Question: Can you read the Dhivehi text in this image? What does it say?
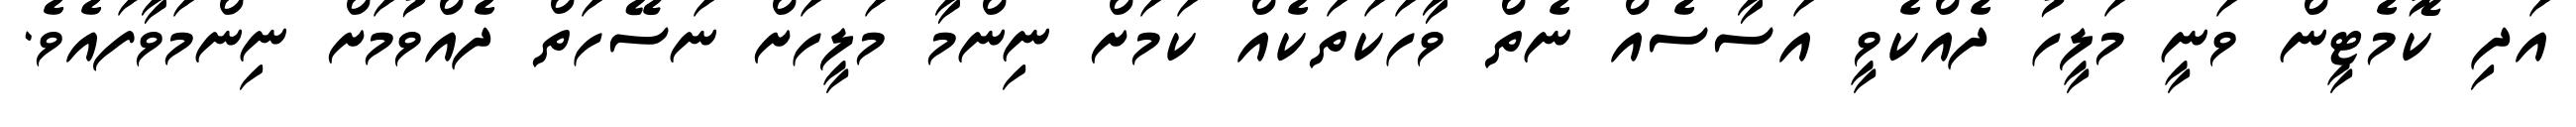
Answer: އަދި ކޮމެޓީން ވަނީ މަލީހު ދެއްކެވީ އަސާސެއް ނެތް ވާހަކަތަކެއް ކަމަށް ނިންމާ މަލީހަށް ނަސޭހަތް ދެއްވުމަށް ނިންމަވާފައެވެ.